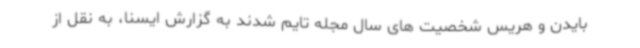
بایدن و هریس شخصیت های سال مجله تایم شدند به گزارش ایسنا، به نقل از